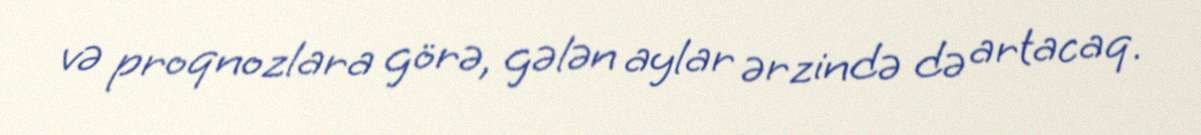
və proqnozlara görə, gələn aylar ərzində də artacaq.